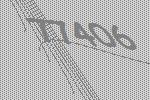
77406